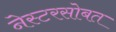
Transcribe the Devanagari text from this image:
नेस्टरसोबत